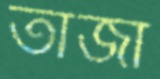
তাজা